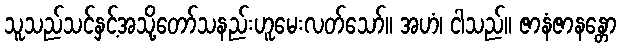
သူသည်သင်နှင့်အသို့တော်သနည်းဟူမေးလတ်သော်။ အဟံ၊ ငါသည်။ ဇာနံဇာနန္တော